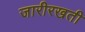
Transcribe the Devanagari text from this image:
जारीरखती